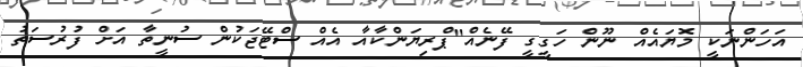
އަހަންނަކީ މޮޔައެއް ނޫން ހަގީގީ ފޭނެއް"ޕްރިޔަންކާއާ އެއް ސްޓޭޖަކުން ސުނީތާ އަށް ފުރުސަތު